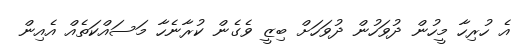
އެ ހުރިހާ މީހުން ދުވަހުން ދުވަހަށް ބިޒީ ވެގެން ކުރާނެހާ މަސައްކަތެއް އެއިން